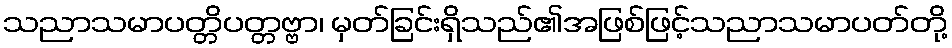
သညာသမာပတ္တိပတ္တဗ္ဗာ၊ မှတ်ခြင်းရှိသည်၏အဖြစ်ဖြင့်သညာသမာပတ်တို့